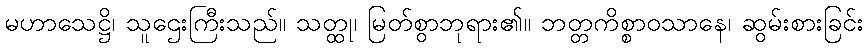
မဟာသေဋ္ဌိ၊ သူဌေးကြီးသည်။ သတ္ထု၊ မြတ်စွာဘုရား၏။ ဘတ္တကိစ္စာဝသာနေ၊ ဆွမ်းစားခြင်း